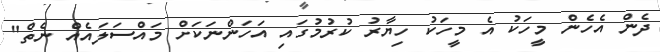
ދެން އެހެން މީހަކު އެ މީހަކު ހިޔާރު ކުރުމުގައި އަހަންނަކަށް މައްސަލައެއް ނެތް"